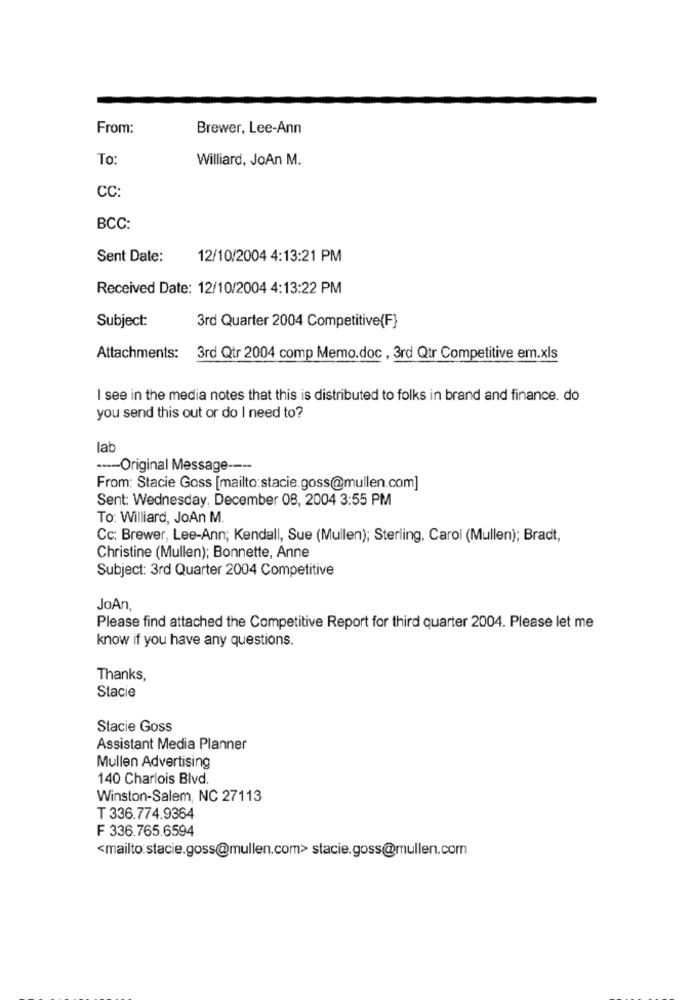
From:
Brewer, Lee-Ann
To:
Williard, JoAn M.
CC:
BCC:
Sent Date:
12/10/2004 4:13:21 PM
Received Date: 12/10/2004 4:13:22 PM
Subject:
3rd Quarter 2004 Competitive(F}
Attachments: 3rd Qtr 2004 comp Memo.doc , 3rd Qtr Competitive em.xls
I see in the media notes that this is distributed to folks in brand and finance. do
you send this out or do I need to?
lab
----- Original Message ----
From: Stacie Goss [mailto:stacie.goss@mullen.com]
Sent: Wednesday, December 08, 2004 3:55 PM
To: Williard, JoAn M.
Cc: Brewer, Lee-Ann; Kendall, Sue (Mullen); Sterling, Carol (Mullen); Bradt,
Christine (Mullen); Bonnette, Anne
Subject: 3rd Quarter 2004 Competitive
JoAn,
Please find attached the Competitive Report for third quarter 2004. Please let me
know if you have any questions.
Thanks,
Stacie
Stacie Goss
Assistant Media Planner
Mullen Advertising
140 Charlois Blvd.
Winston-Salem, NC 27113
T 336.774.9364
F 336.765.6594
<mailto:stacie.goss@mullen.com> stacie.goss@mullen.com